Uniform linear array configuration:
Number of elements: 24
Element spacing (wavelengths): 1
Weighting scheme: hamming
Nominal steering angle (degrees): -45
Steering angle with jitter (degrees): -45.081
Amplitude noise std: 0.05
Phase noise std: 0.05

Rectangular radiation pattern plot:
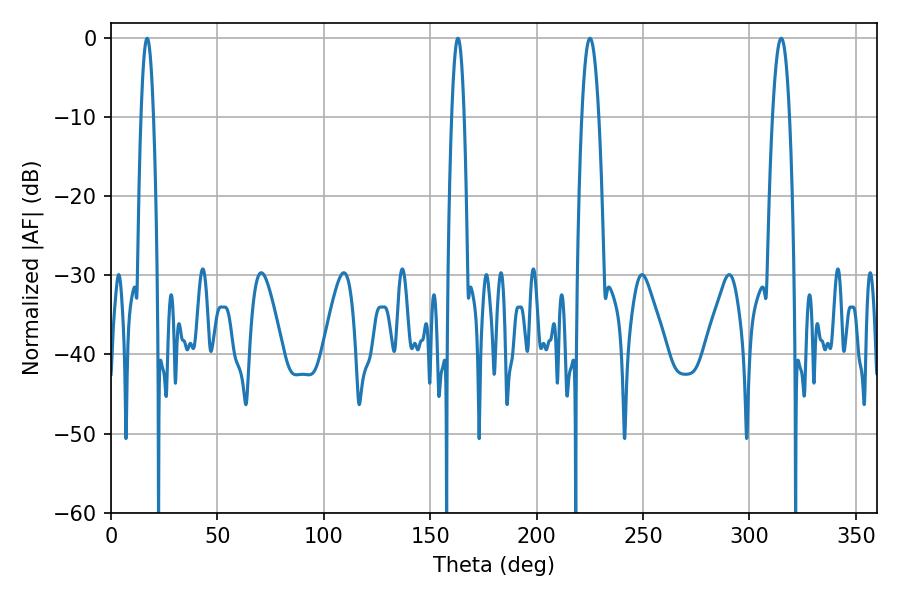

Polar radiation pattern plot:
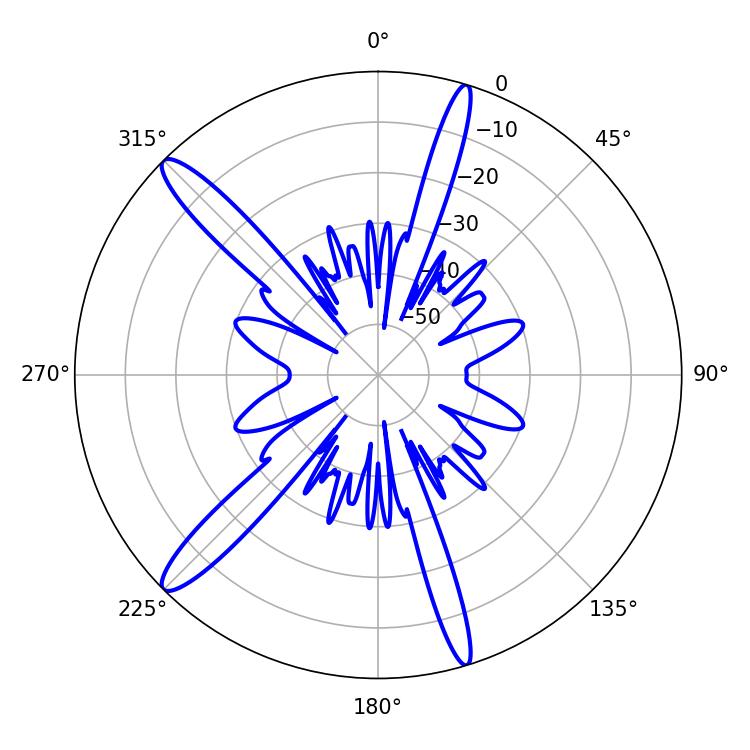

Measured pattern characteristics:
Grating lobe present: TRUE
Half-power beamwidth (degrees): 4.32
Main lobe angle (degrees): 225